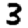
Digit: 3